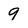
Character: 9